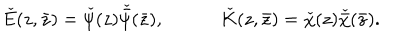
LaTeX: \check { E } ( z , \bar { z } ) = \check { \psi } ( z ) \check { \bar { \psi } } ( \bar { z } ) , \check { K } ( z , \bar { z } ) = \check { \chi } ( z ) \check { \bar { \chi } } ( \bar { z } ) .